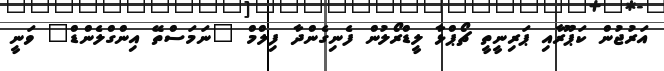
އަރުޖުން ކަޕޫރާއި ޕަރިނީތީ ޗޯޕްޅާ ލީޑްރޯލުން ފެނިގެންދާ ފިލްމް "ނަމަސްތޭ އިންގްލެންޑް" ވަނީ